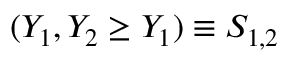
( Y _ { 1 } , Y _ { 2 } \ge Y _ { 1 } ) \equiv S _ { 1 , 2 }